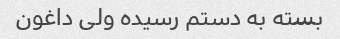
بسته به دستم رسیده ولی داغون